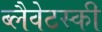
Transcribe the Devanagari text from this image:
ब्लैवेटस्की